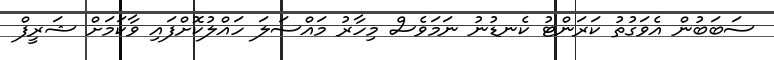
ސަބަބުން އެވަގުތު ކަރަންޓު ކެނޑުނު ނަމަވެސް މިހާރު މައްސަލަ ހައްލުކޮށްފައި ވާކަމަށް ޝަރީފް